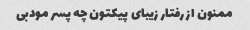
ممنون از رفتار زیبای پیکتون چه پسر مودبی